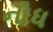
નોઁધ